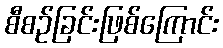
စီစဉ်ခြင်းဖြစ်ကြောင်း